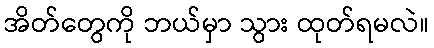
အိတ်တွေကို ဘယ်မှာ သွား ထုတ်ရမလဲ။